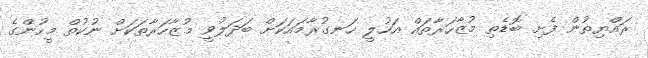
ރައްޔިތުން ފެށި ބޮޑެތި މުޒާހަރާތައް އަހުލީ ހަނގުރާމައަކަށް ބަދަލުވީ މުޒާހަރާތަކަށް ނުކުތް މީހުންގެ